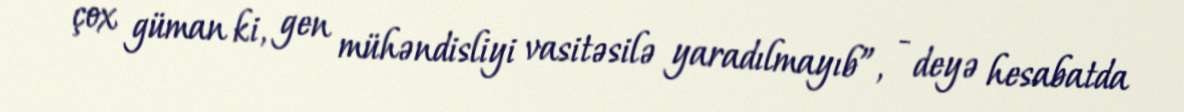
çox güman ki, gen mühəndisliyi vasitəsilə yaradılmayıb”, - deyə hesabatda